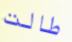
طالت